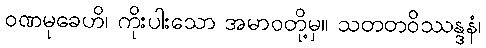
ဝဏမုခေဟိ၊ ကိုးပါးသော အမာဝတို့မှ။ သတတဝိဿန္ဒနံ၊